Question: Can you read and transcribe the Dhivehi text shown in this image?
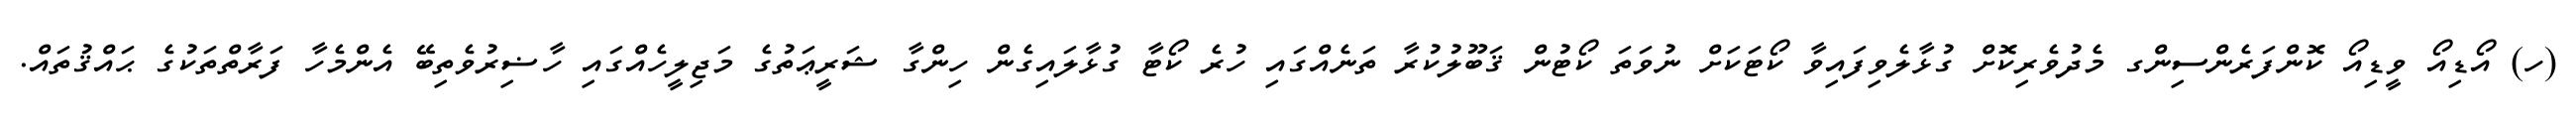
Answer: (ހ) އޯޑިއޯ ވީޑިއޯ ކޮންފަރެންސިންގ މެދުވެރިކޮށް ގުޅާލެވިފައިވާ ކޯޓަކަށް ނުވަތަ ކޯޓުން ޤަބޫލުކުރާ ތަނެއްގައި ހުރެ ކޯޓާ ގުޅާލައިގެން ހިންގާ ޝަރީޢަތުގެ މަޖިލީހެއްގައި ހާޟިރުވެތިބޭ އެންމެހާ ފަރާތްތަކުގެ ޙައްޤުތައް.